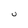
Character: U